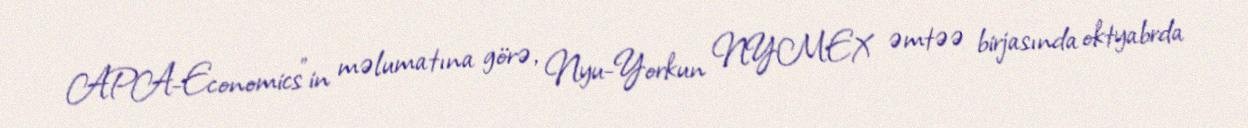
APA-Economics"in məlumatına görə, Nyu-Yorkun NYMEX əmtəə birjasında oktyabrda